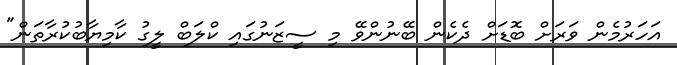
އަހަރުމެން ވަރަށް ބޮޑަށް ދެކެން ބޭނުންވޭ މި ސީޒަނުގައި ކްލަބް ލީގު ކާމިޔާބުކުރާތަން"